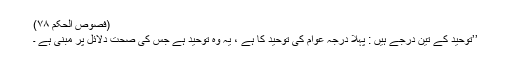
(فصوص الحکم ۷۸)
’’توحید کے تین درجے ہیں : پہلا درجہ عوام کی توحید کا ہے ، یہ وہ توحید ہے جس کی صحت دلائل پر مبنی ہے ۔